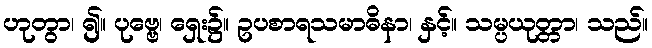
ဟုတွာ၊ ၍။ ပုဗ္ဗေ၊ ရှေး၌။ ဥပစာရသမာဓိနာ၊ နှင့်။ သမ္ပယုတ္တာ၊ သည်။